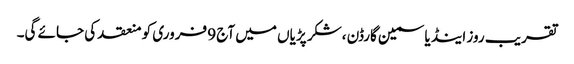
تقریب روز اینڈ یاسمین گارڈن ،شکر پڑیاں میں آج 9 فروری کو منعقد کی جائے گی۔